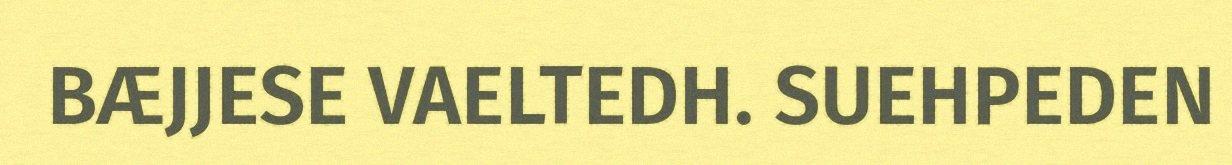
BÆJJESE VAELTEDH. SUEHPEDEN